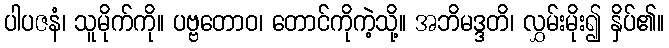
ပါပဇနံ၊ သူမိုက်ကို။ ပဗ္ဗတောဝ၊ တောင်ကိုကဲ့သို့။ အဘိမဒ္ဒတိ၊ လွှမ်းမိုး၍ နှိပ်၏။